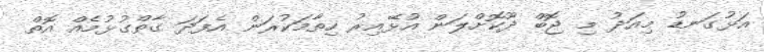
އަޅުގަނޑު މިއަދު މި ޖޮބް ދޫކޮށްލަން އުޅޭއިރު ހިތާމަކުރަން އެފަދަ ގާތްގުޅުމެއް އޮތް